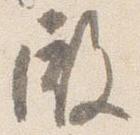
殿